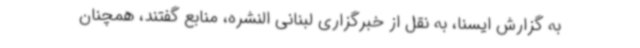
به گزارش ایسنا، به نقل از خبرگزاری لبنانی النشره، منابع گفتند، همچنان